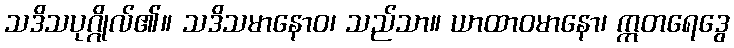
သဒိသပုဂ္ဂိုလ်၏။ သဒိသမာနောဝ၊ သည်သာ။ ယာထာဝမာနော၊ ဣတရေဒွေ